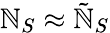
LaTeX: \mathbb{N}_{S}\approx\tilde{{\mathbb{N}}}_{S}